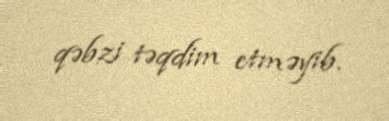
qəbzi təqdim etməyib.